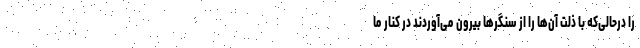
را درحالی‌که با ذلت آن‌ها را از سنگرها بیرون می‌آوردند در کنار ما